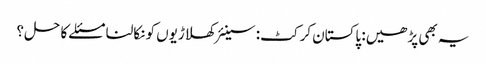
یہ بھی پڑھیں: پاکستان کرکٹ: سینئر کھلاڑیوں کو نکالنا مسئلے کا حل؟